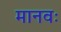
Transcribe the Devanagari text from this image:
मानवः